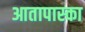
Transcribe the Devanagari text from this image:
आतापास्का